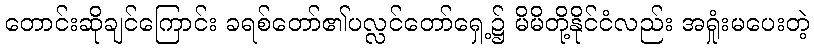
တောင်းဆိုချင်ကြောင်း ခရစ်တော်၏ပလ္လင်တော်ရှေ့၌ မိမိတို့နိုင်ငံလည်း အရှုံးမပေးတဲ့